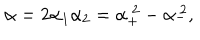
LaTeX: \alpha = 2 \alpha _ { 1 } \alpha _ { 2 } = \alpha _ { + } ^ { ~ 2 } - \alpha _ { - } ^ { ~ 2 } ,